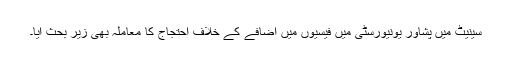
سینیٹ میں پشاور یونیورسٹی میں فیسیوں میں اضافے کے خلاف احتجاج کا معاملہ بھی زیر بحث آیا۔